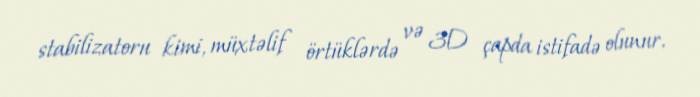
stabilizatoru kimi, müxtəlif örtüklərdə və 3D çapda istifadə olunur.